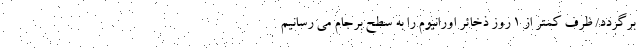
برگردد/ ظرف کمتر از 1 روز ذخائر اورانیوم را به سطح برجام می رسانیم